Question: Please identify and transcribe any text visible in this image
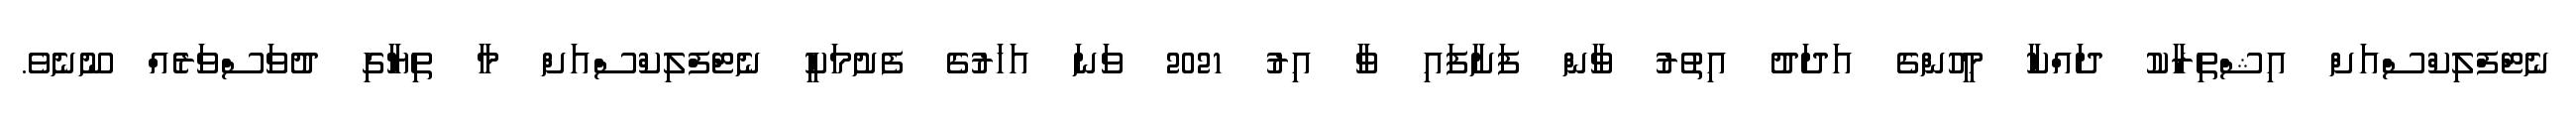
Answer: ނެޓްފްލިކްސްއަށް އިޝްތިރާކު ދައްކާ މީހުންގެ އަދަދު އިތުރު ވާން ފަށާފައި ވާ އިރު 2021 ވަނަ އަހަރުގެ ފެށުމަކީ ނެޓްފްލިކްސްއަށް މާ ތިޔާގި ދުވަސްވަރެއް ނޫނެވެ.